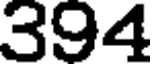
394